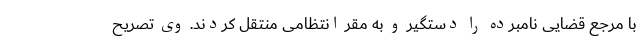
با مرجع قضایی نامبرده را دستگیر و به مقر انتظامی منتقل کردند. وی تصریح